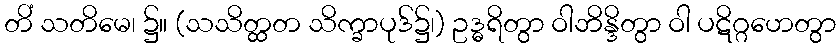
တိံ သတိမေ၊ ၌။ (သသိတ္ထတ သိက္ခာပုဒ်၌၊) ဥဒ္ဓရိတွာ ဝါဘိန္ဒိတွာ ဝါ ပဋိဂ္ဂဟေတွာ